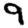
Digit: 9